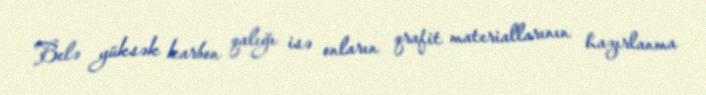
Belə yüksək karbon qalığı isə onların qrafit materiallarının hazırlanma